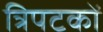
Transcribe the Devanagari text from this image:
त्रिपटकों